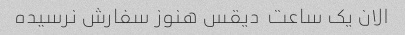
الان یک ساعت  دیقس هنوز سفارش نرسیده